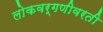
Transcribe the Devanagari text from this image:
लोकवर्गणीवरती